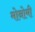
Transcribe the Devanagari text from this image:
मोनोमी